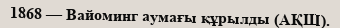
1868 — Вайоминг аумағы құрылды (АҚШ).